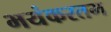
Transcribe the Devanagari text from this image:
भयंकरतम